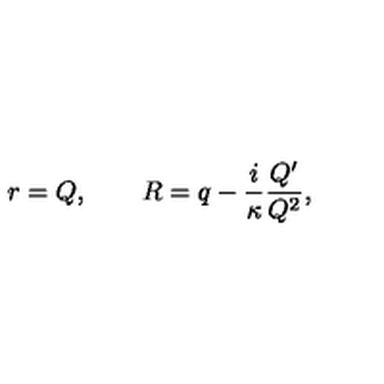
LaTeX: r = Q , \qquad R = q - \frac { i } { \kappa } \frac { Q ^ { \prime } } { Q ^ { 2 } } ,